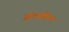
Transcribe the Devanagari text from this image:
सोश्यलिज्म